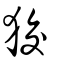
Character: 狡